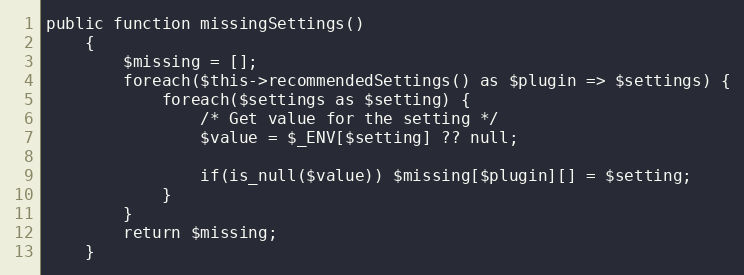
Language: PHP
public function missingSettings()
    {
        $missing = [];
        foreach($this->recommendedSettings() as $plugin => $settings) {
            foreach($settings as $setting) {
                /* Get value for the setting */
                $value = $_ENV[$setting] ?? null;

                if(is_null($value)) $missing[$plugin][] = $setting;
            }
        }
        return $missing;
    }